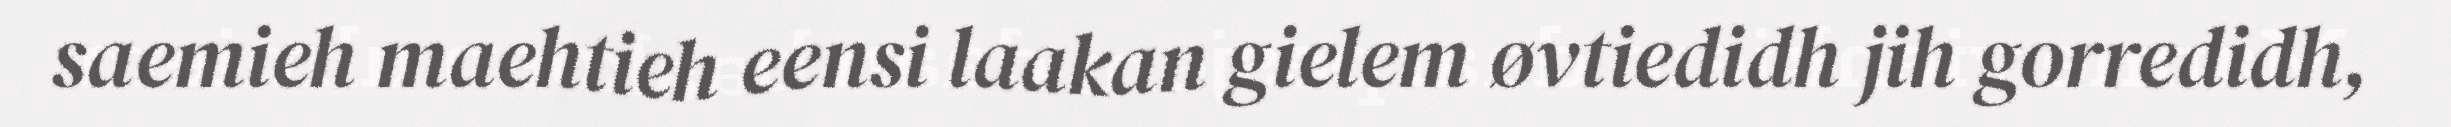
saemieh maehtieh eensi laakan gielem øvtiedidh jih gorredidh,